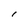
Character: l